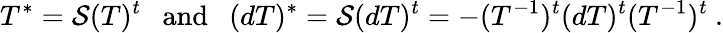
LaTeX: T^{*}={\cal S}(T)^{t}~~~\mathrm{and}~~~(dT)^{*}={\cal S}(dT)^{t}=-(T^{-1})^{t}(dT)^{t}(T^{-1})^{t}~.